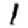
Digit: 1